Annual report of the Punjab Veterinary College and of the Civil Veterinary Department, Punjab - 1894-1908
Year: 1894
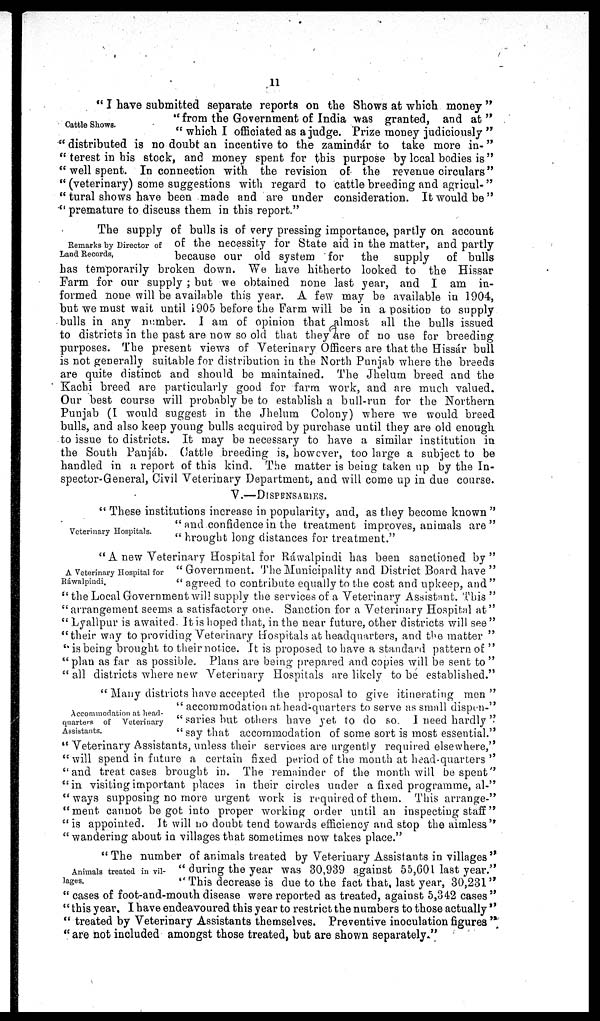
11
Cattle Shows.
" I have submitted separate reports on the Shows at which money "
"from the Government of India was granted, and at "
" which I officiated as a judge. Prize money judiciously "
" distributed is no doubt an incentive to the zamindár to take more in-"
" terest in his stock, and money spent for this purpose by local bodies is"
" well spent. In connection with the revision of the revenue circulars"
" (veterinary) some suggestions with regard to cattle breeding and agricul-"
" tural shows have been made and are under consideration. It would be"
" premature to discuss them in this report."
Remarks by Director of
Land Records,
The supply of bulls is of very pressing importance, partly on account
of the necessity for State aid in the matter, and partly
because our old system for
the supply of bulls
has temporarily broken down. We have hitherto looked to the Hissar
Farm for our supply ; but we obtained none last year, and I am in-
formed none will be available this year. A few may be available in 1904,
but we must wait until 1905 before the Farm will be in a position to supply
bulls in any number. I am of opinion that almost all the bulls issued
to districts in the past are now so old that they are of no use for breeding
purposes. The present views of Veterinary Officers are that the Hissár bull
is not generally suitable for distribution in the North Punjab where the breeds
are quite distinct and should be maintained. The Jhelum breed and the
Kachi breed are particularly good for farm work, and are much valued.
Our best course will probably be to establish a bull-run for the Northern
Punjab (I would suggest in the Jhelum Colony) where we would breed
bulls, and also keep young bulls acquired by purchase until they are old enough
to issue to districts. It may be necessary to have a similar institution in
the South Panjáb. Cattle breeding is, however, too large a subject to be
handled in a report of this kind. The matter is being taken up by the In-
spector-General, Civil Veterinary Department, and will come up in due course.
V.—DISPENSARIES.
Veterinary Hospitals.
" These institutions increase in popularity, and, as they become known "
" and confidence in the treatment improves, animals are"
" brought long distances for treatment."
A Veterinary Hospital for
Ráwalpindi.
"A new Veterinary Hospital for Rawalpindi has been sanctioned by"
" Government. The Municipality and District Board have "
" agreed to contribute equally to the cost and upkeep, and"
" the Local Government will supply the services of a Veterinary Assistant. This "
" arrangement seems a satisfactory one. Sanction for a Veterinary Hospital at"
" Lyallpur is awaited. It is hoped that, in the near future, other districts will see "
"their way to providing Veterinary Hospitals at headquarters, and the matter
"is being brought to their notice. It is proposed to have a standard pattern of "
"plan as far as possible. Plans are being prepared and copies will be sent to "
" all districts where new Veterinary Hospitals are likely to be established."
Accommodation at head-
quarters of
Veterinary
Assistants.
"Many districts have accepted the proposal to give itinerating men"
" accommodation at head-quarters to serve as small dispen-"
" saries but others have yet to do so I need hardly "
" say that accommodation of some sort is most essential."
" Veterinary Assistants, unless their services are urgently required elsewhere,"
"will spend in future a certain fixed period of the month at head-quarters "
"and treat cases brought in. The remainder of the month will be spent"
"in visiting important places in their circles under a fixed programme, al-"
"ways supposing no more urgent work is required of them. This arrange-"
"ment cannot be got into proper working order until an inspecting staff"
"is appointed. It will no doubt tend towards efficiency and stop the aimless"
"wandering about in villages that sometimes now takes place."
Animals treated in vil-
lages.
"The number of animals treated by Veterinary Assistants in villages"
" during the year was 30,939 against 55,601 last year."
" This decrease is due to the fact that, last year, 30,231"
" cases of foot-and-mouth disease were reported as treated, against 5,342 cases"
" this year. I have endeavoured this year to restrict the numbers to those actually "
" treated by Veterinary Assistants themselves. Preventive inoculation figures "
" are not included amongst those treated, but are shown separately."